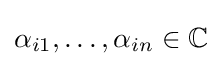
\alpha _{i1},\dots ,\alpha _{in}\in \mathbb {C}